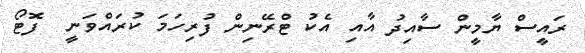
ރައީސް ޔާމީން ސާއިދު އާއި އެކު ޓްރޭނިން ފުރިހަމަ ކުރައްވަނީ  ފޮޓޯ